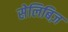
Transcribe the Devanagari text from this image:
सेलिबिज़